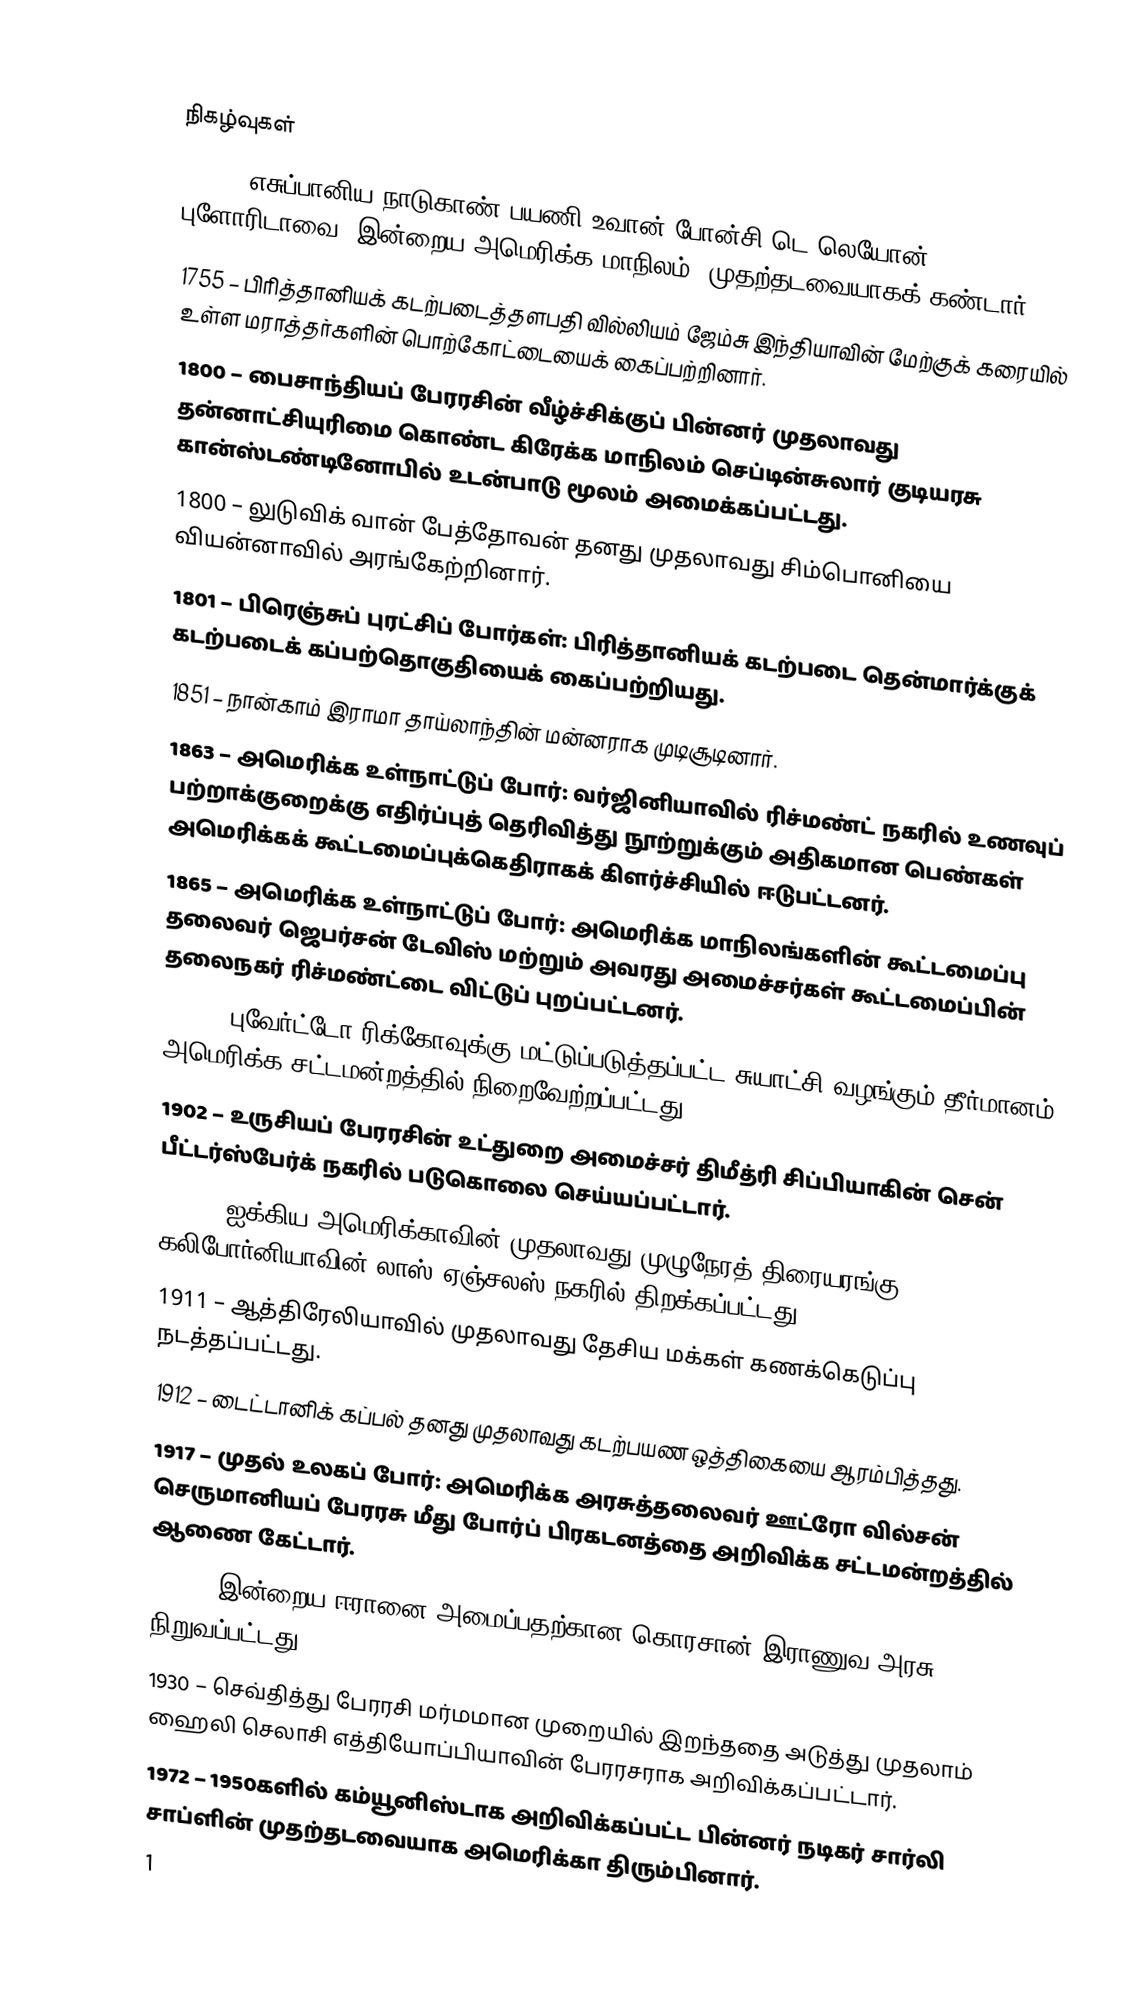

நிகழ்வுகள்
1513 – எசுப்பானிய நாடுகாண் பயணி உவான் போன்சி டெ லெயோன் புளோரிடாவை (இன்றைய அமெரிக்க மாநிலம்) முதற்தடவையாகக் கண்டார்.
1755 – பிரித்தானியக் கடற்படைத்தளபதி வில்லியம் ஜேம்சு இந்தியாவின் மேற்குக் கரையில் உள்ள மராத்தர்களின் பொற்கோட்டையைக் கைப்பற்றினார்.
1800 – பைசாந்தியப் பேரரசின் வீழ்ச்சிக்குப் பின்னர் முதலாவது தன்னாட்சியுரிமை கொண்ட கிரேக்க மாநிலம் செப்டின்சுலார் குடியரசு கான்ஸ்டண்டினோபில் உடன்பாடு மூலம் அமைக்கப்பட்டது.
1800 – லுடுவிக் வான் பேத்தோவன் தனது முதலாவது சிம்பொனியை வியன்னாவில் அரங்கேற்றினார்.
1801 – பிரெஞ்சுப் புரட்சிப் போர்கள்: பிரித்தானியக் கடற்படை தென்மார்க்குக் கடற்படைக் கப்பற்தொகுதியைக் கைப்பற்றியது.
1851 – நான்காம் இராமா தாய்லாந்தின் மன்னராக முடிசூடினார்.
1863 – அமெரிக்க உள்நாட்டுப் போர்: வர்ஜினியாவில்  ரிச்மண்ட் நகரில் உணவுப் பற்றாக்குறைக்கு எதிர்ப்புத் தெரிவித்து நூற்றுக்கும் அதிகமான பெண்கள் அமெரிக்கக் கூட்டமைப்புக்கெதிராகக் கிளர்ச்சியில் ஈடுபட்டனர்.
1865 – அமெரிக்க உள்நாட்டுப் போர்: அமெரிக்க மாநிலங்களின் கூட்டமைப்பு தலைவர் ஜெபர்சன் டேவிஸ் மற்றும் அவரது அமைச்சர்கள் கூட்டமைப்பின் தலைநகர் ரிச்மண்ட்டை விட்டுப் புறப்பட்டனர்.
1900 – புவேர்ட்டோ ரிக்கோவுக்கு மட்டுப்படுத்தப்பட்ட சுயாட்சி வழங்கும் தீர்மானம் அமெரிக்க சட்டமன்றத்தில் நிறைவேற்றப்பட்டது.
1902 – உருசியப் பேரரசின் உட்துறை அமைச்சர் திமீத்ரி சிப்பியாகின் சென் பீட்டர்ஸ்பேர்க் நகரில் படுகொலை செய்யப்பட்டார்.
1902 – ஐக்கிய அமெரிக்காவின் முதலாவது முழுநேரத் திரையரங்கு கலிபோர்னியாவின் லாஸ் ஏஞ்சலஸ் நகரில் திறக்கப்பட்டது.
1911 – ஆத்திரேலியாவில் முதலாவது தேசிய மக்கள் கணக்கெடுப்பு நடத்தப்பட்டது.
1912 – டைட்டானிக் கப்பல் தனது முதலாவது கடற்பயண ஒத்திகையை ஆரம்பித்தது.
1917 – முதல் உலகப் போர்: அமெரிக்க அரசுத்தலைவர் ஊட்ரோ வில்சன் செருமானியப் பேரரசு மீது போர்ப் பிரகடனத்தை அறிவிக்க சட்டமன்றத்தில் ஆணை கேட்டார்.
1921 – இன்றைய ஈரானை அமைப்பதற்கான கொரசான் இராணுவ அரசு நிறுவப்பட்டது.
1930 – செவ்தித்து பேரரசி மர்மமான முறையில் இறந்ததை அடுத்து முதலாம் ஹைலி செலாசி எத்தியோப்பியாவின் பேரரசராக அறிவிக்கப்பட்டார்.
1972 – 1950களில் கம்யூனிஸ்டாக அறிவிக்கப்பட்ட பின்னர் நடிகர் சார்லி சாப்ளின் முதற்தடவையாக அமெரிக்கா திரும்பினார்.
1